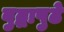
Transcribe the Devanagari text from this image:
बुद्धापुढे